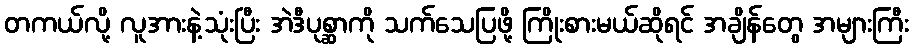
တကယ်လို့ လူအားနဲ့သုံးပြီး အဲဒီပုစ္ဆာကို သက်သေပြဖို့ ကြိုးစားမယ်ဆိုရင် အချိန်တွေ အများကြီး